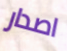
اصدار